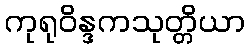
ကုရုဝိန္ဒကသုတ္တိယာ